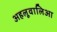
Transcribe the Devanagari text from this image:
अहलूवालिआ